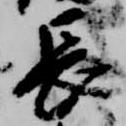
長